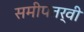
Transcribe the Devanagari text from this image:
समीपतर्वी